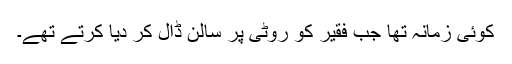
کوئی زمانہ تھا جب فقیر کو روٹی پر سالن ڈال کر دیا کرتے تھے۔